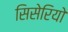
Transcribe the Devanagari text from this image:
सिसेरियो